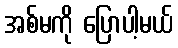
အစ်မကို ပြောပါ့မယ်